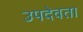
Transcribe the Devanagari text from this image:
उपदेवता